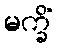
မက္ခိံ